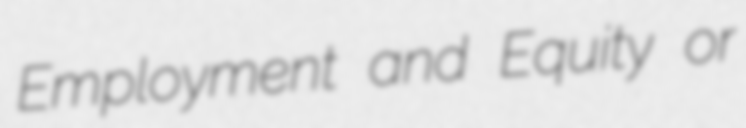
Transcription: Employment and Equity or